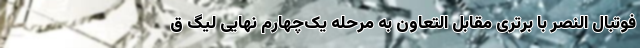
فوتبال النصر با برتری مقابل التعاون به مرحله یک‌چهارم نهایی لیگ ق